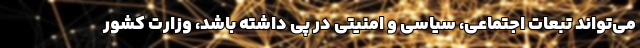
می‌تواند تبعات اجتماعی، سیاسی و امنیتی در پی داشته باشد، وزارت کشور